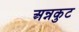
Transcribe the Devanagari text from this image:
अन्नकुट